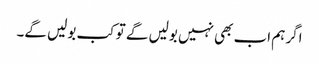
اگر ہم اب بھی نہیں بولیں گے تو کب بولیں گے۔